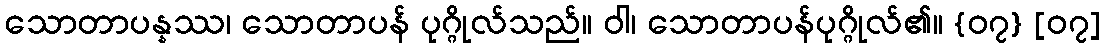
သောတာပန္နဿ၊ သောတာပန် ပုဂ္ဂိုလ်သည်။ ဝါ၊ သောတာပန်ပုဂ္ဂိုလ်၏။ {၀၇} [၀၇]